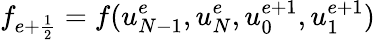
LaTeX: f_{{e+\frac{1}{2}}}=f(u_{N-1}^{e},u_{N}^{e},u_{0}^{e+1},u_{1}^{e+1})